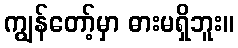
ကျွန်တော့်မှာ ဓားမရှိဘူး။